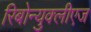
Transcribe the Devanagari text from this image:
रिबोन्युक्लीएज